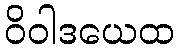
ဝိဝါဒယေထ